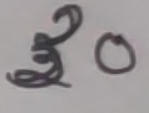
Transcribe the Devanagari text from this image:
३०